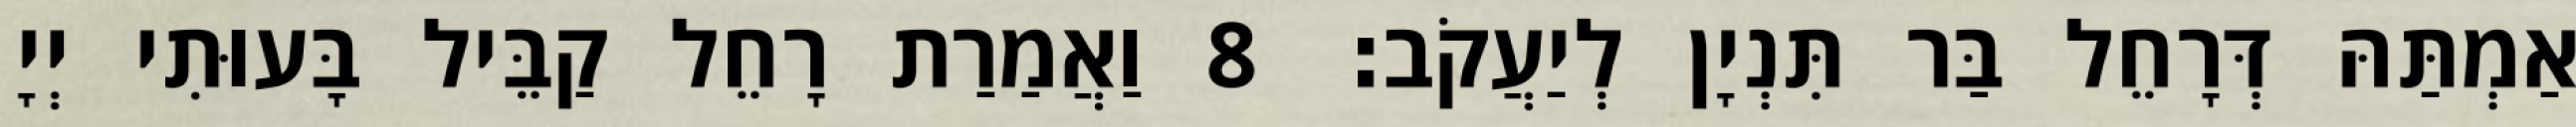
אַמְתַּהּ דְּרָחֵל בַּר תִּנְיָן לְיַעֲקֹב׃ 8 וַאֲמַרַת רָחֵל קַבֵּיל בָּעוּתִי יְיָ